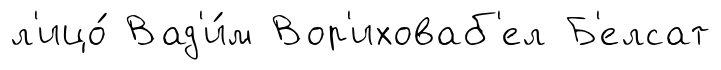
л'ицо́ Вад'и́м Вор'иховаб'ел Б'елсат